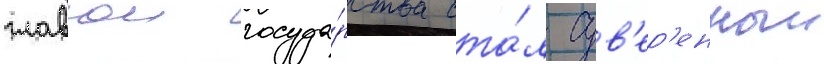
главои госуда́рства ста́л сув'ер'енныи